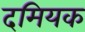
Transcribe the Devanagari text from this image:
दमियक